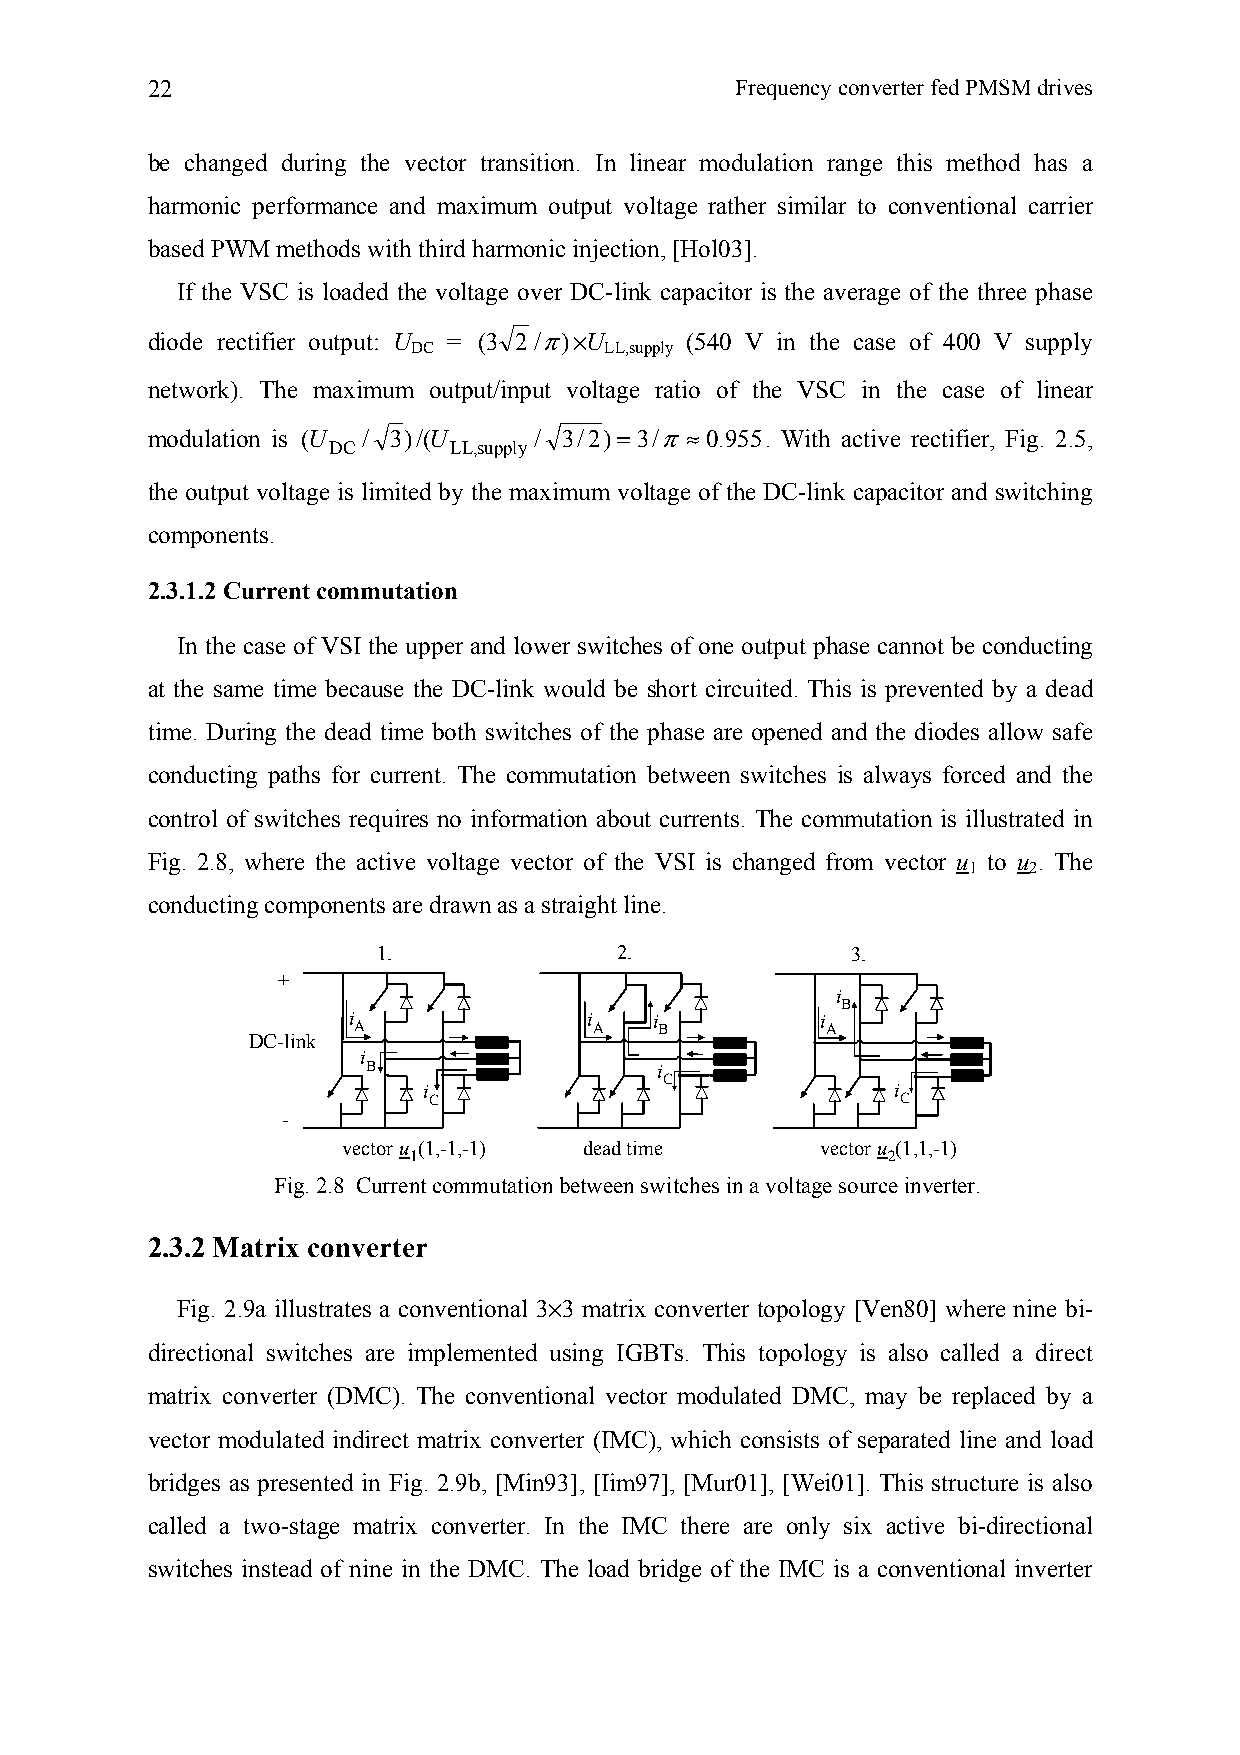
22                                     Frequency converter fed PMSM drives
 be changed during the vector transition. In linear modulation range this method has a
 harmonic performance and maximum output voltage rather similar to conventional carrier
 based PWM methods with third harmonic injection, [Hol03].
 If the VSC is loaded the voltage over DC-link capacitor is the average of the three phase
 diode rectifier output: U = (3 2/π)×U (540 V in the case of 400 V supply
 DC           LL,supply
 network). The maximum output/input voltage ratio of the VSC in the case of linear
 modulation is (U / 3)/(U / 3/2) =3/π≈ 0.955. With active rectifier, Fig. 2.5,
 DC      LL,supply
 the output voltage is limited by the maximum voltage of the DC-link capacitor and switching
 components.
 2.3.1.2 Current commutation
 In the case of VSI the upper and lower switches of one output phase cannot be conducting
 at the same time because the DC-link would be short circuited. This is prevented by a dead
 time. During the dead time both switches of the phase are opened and the diodes allow safe
 conducting paths for current. The commutation between switches is always forced and the
 control of switches requires no information about currents. The commutation is illustrated in
 Fig. 2.8, where the active voltage vector of the VSI is changed from vector u to u . The
 1   2
 conducting components are drawn as a straight line.
 1.              2.             3.
 +
 i
 B
 i               i   i          i
 A               A    B          A
 DC-link
 i
 B                  i
 C
 i                              i
 C                               C
 -
 vector u (1,-1,-1) dead time   vector u (1,1,-1)
 1                               2
 Fig. 2.8 Current commutation between switches in a voltage source inverter.
 2.3.2 Matrix converter
 Fig. 2.9a illustrates a conventional 3×3 matrix converter topology [Ven80] where nine bi-
 directional switches are implemented using IGBTs. This topology is also called a direct
 matrix converter (DMC). The conventional vector modulated DMC, may be replaced by a
 vector modulated indirect matrix converter (IMC), which consists of separated line and load
 bridges as presented in Fig. 2.9b, [Min93], [Iim97], [Mur01], [Wei01]. This structure is also
 called a two-stage matrix converter. In the IMC there are only six active bi-directional
 switches instead of nine in the DMC. The load bridge of the IMC is a conventional inverter